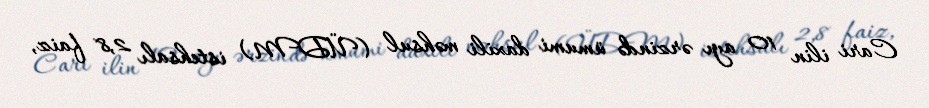
Cari ilin 10 ayı ərzində ümumi daxili məhsul (ÜDM) istehsalı 2,8 faiz,